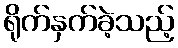
ရိုက်နှက်ခဲ့သည့်